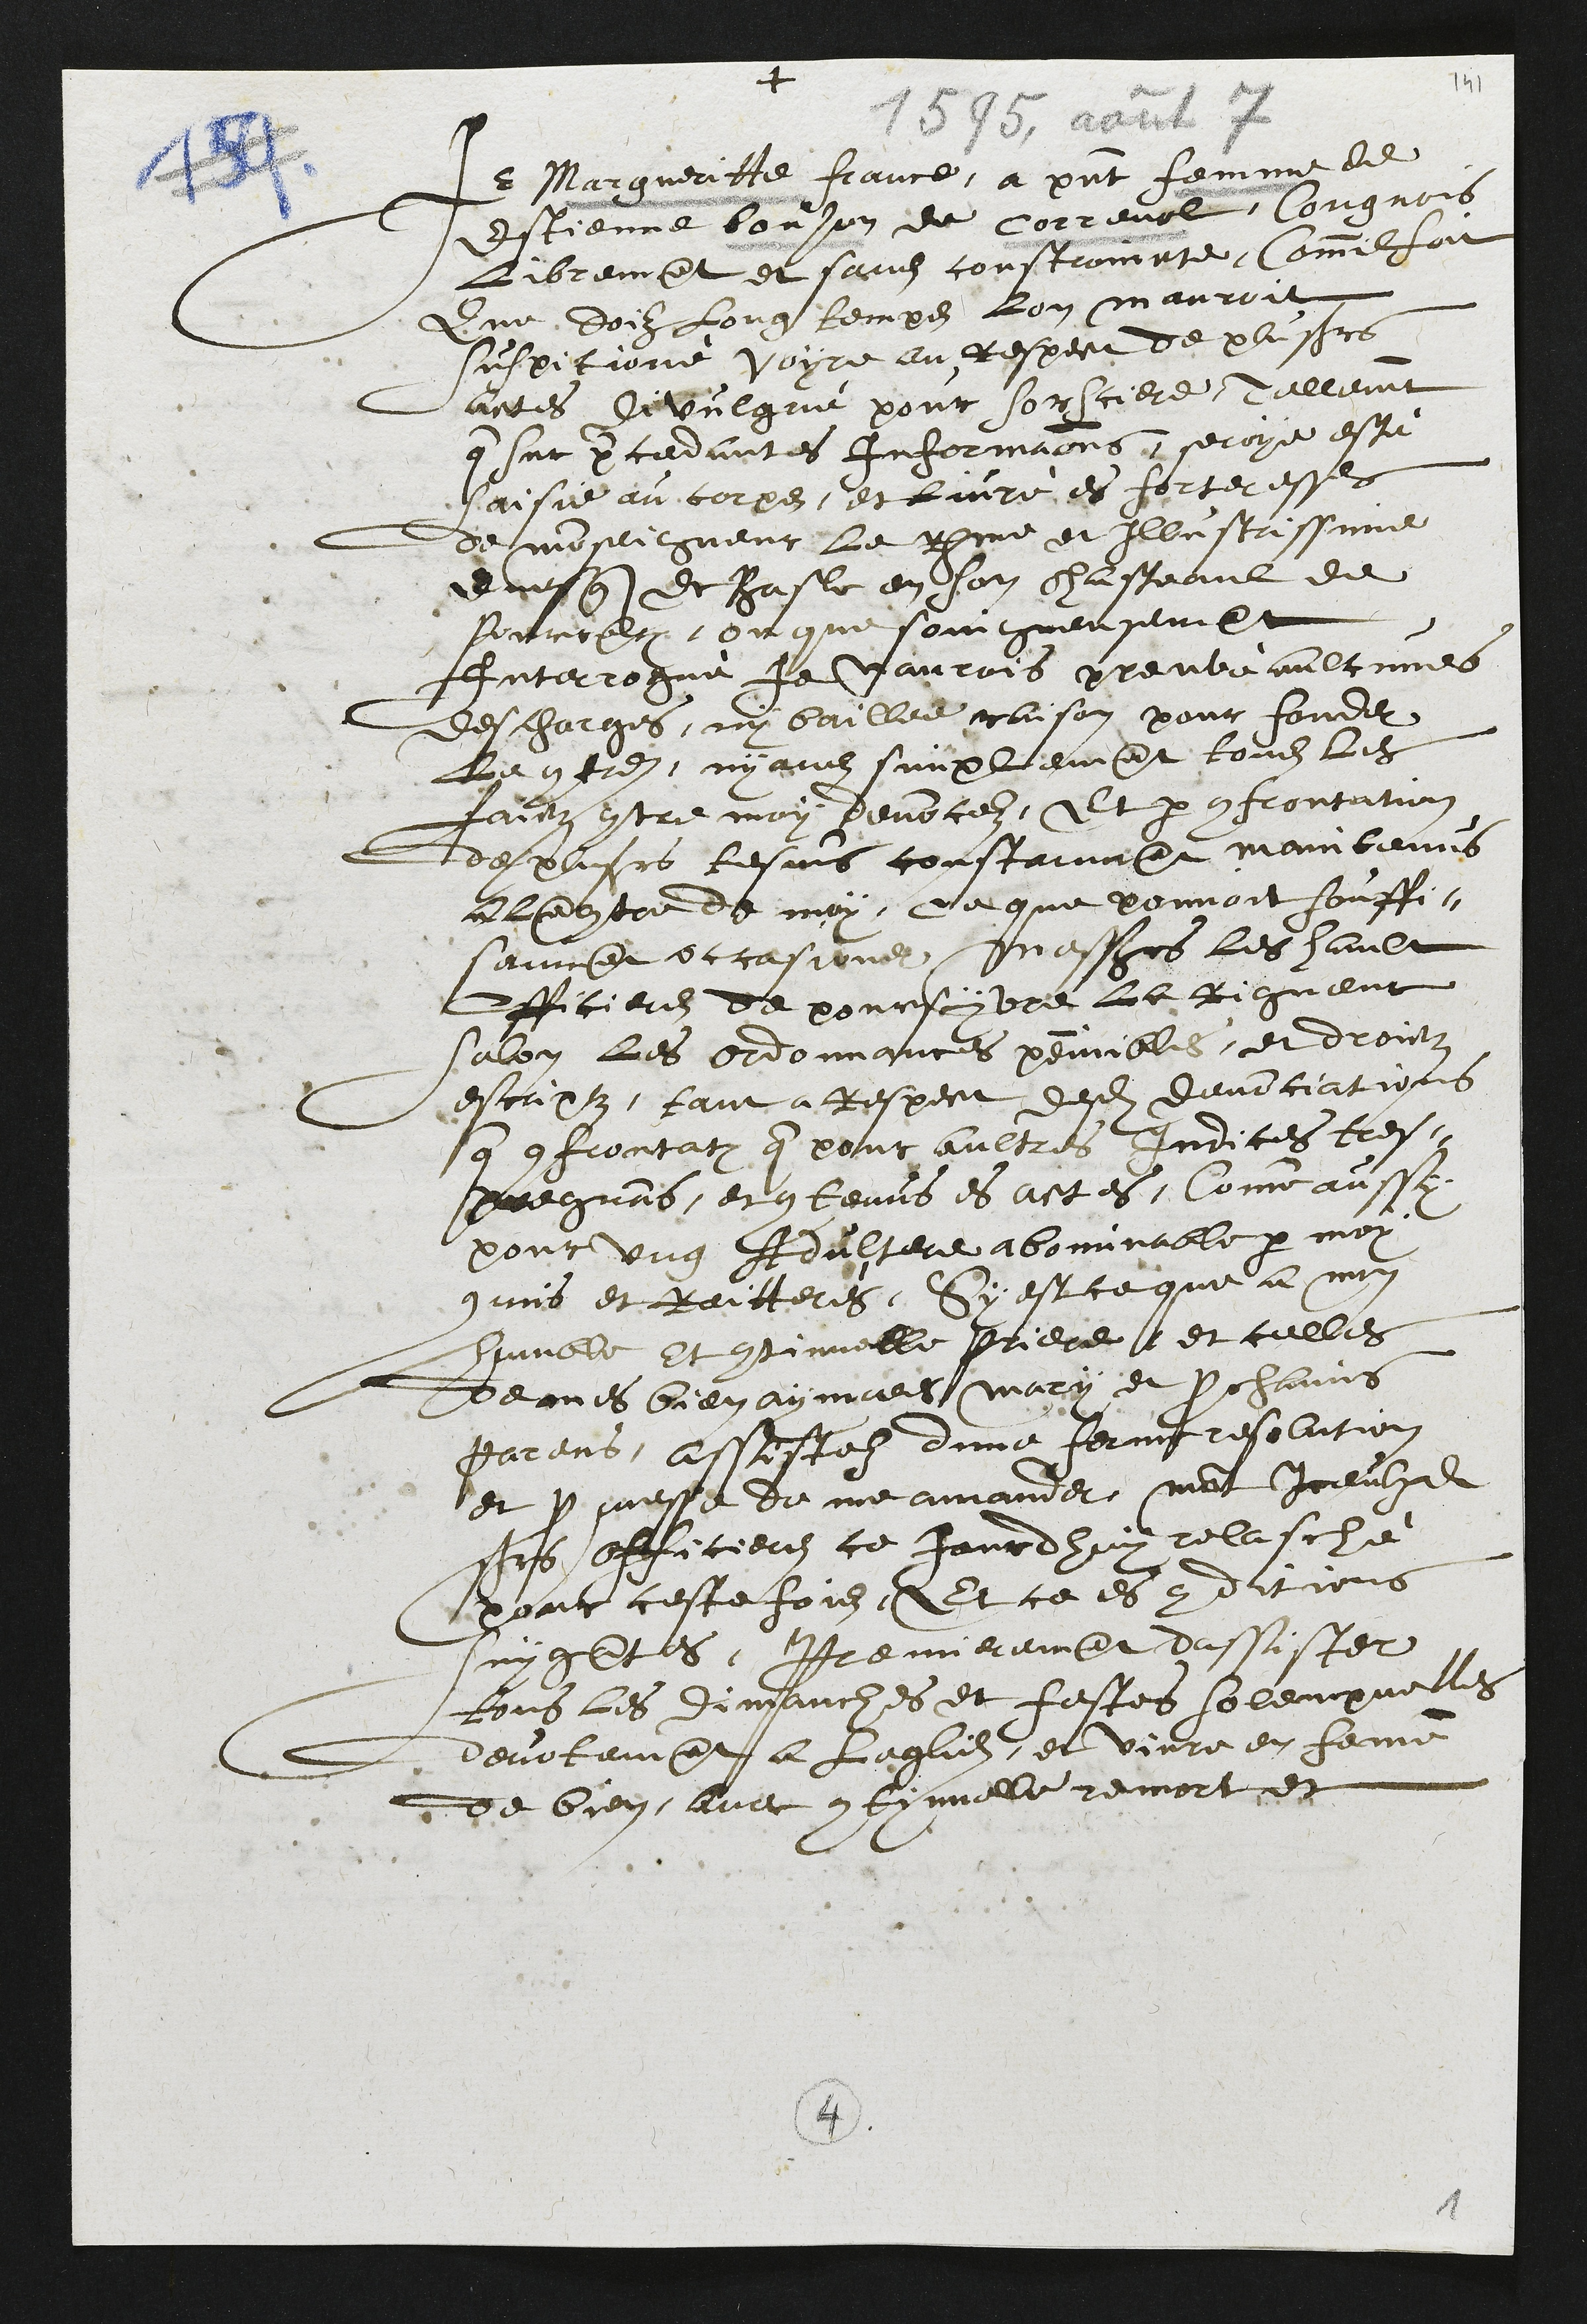
+
Je Margueritte france, a present femme de
Estienne bonjon de Correnol, Congnois
Librement et sans constraincte, commil soit
Que doiz long temps lon mauroit
suspitioné voyre au respect de plusieurs
actes divulgué pour sorciere, Tellement
que sur percedantes informations, seroye esté
saisie au corps, et livré es forteresses
de monseigneur le Rme et Illustrissime
Evesque de Basle en son chasteaul de
Pourrentruy, ou que soingneusement
Interrogué Je naurois preuvé aulcunes
descharges, ny baillee raison pour fonder
Le contre nyans simplemant tous les
faictz contre moy denoncelz, Et par confrontation
de plusieurs tesmoins constamment maintenus
a lancontre de moy, ce que pouvoit souffi¬
samment occasioner messieurs les hault
Officiers de poursuyvre la rigueur
selon les ordonnances peinnibles, et droitz
escriptz, tant a respect desdites denonciations
que confrontations que pour aultres indices tres¬
pregnans, et contenus es actes, Comme aussy
pour ung Adultere abominable par moy
commis et raitteres, Sy est ce que a mon
humble et continuelle priere et celles
de mes bien aymees mary et prochains
parens, assistelz dune ferme resolution
et promesse de me amander mont Iceulxdits
srs officiers ce jourdhuy relasché
pour ceste fois, Et ce es conditions
suygantes, Premierement dassister
tous les dimanches et festes solempnelles
devotament a leglise et vivre en femme
de bien, avec continuelle remort et
4
1